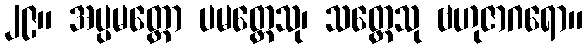
၂၉။ အပ္ပမတ္တော ပမတ္တေသု၊ သတ္တေသု ဗဟုဇာဂရော။